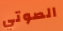
الصوتي